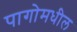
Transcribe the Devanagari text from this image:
पागोमधील